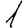
Digit: 1